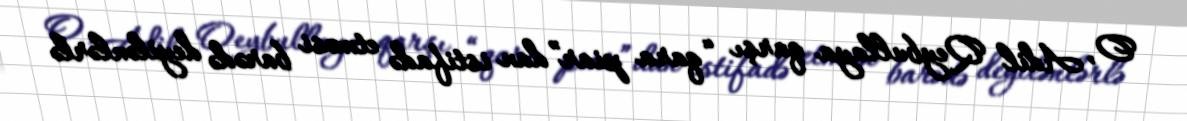
O, Adil Qeybullaya qarşı “qara piar”dan istifadə etməsi barədə deyilənlərlə